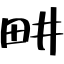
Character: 畊